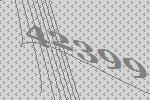
42399